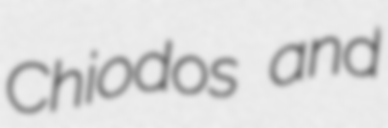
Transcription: Chiodos and